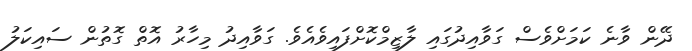
ދޭން ވާނެ ކަމަށްވެސް ގަވާއިދުގައި ލާޒިމްކޮށްފައިވެއެވެ. ގަވާއިދު މިހާރު އޮތް ގޮތުން ސައިކަލު